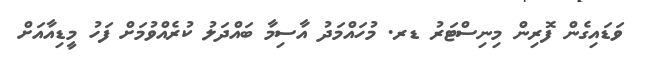
ވަޑައިގެން ފޮރިން މިނިސްޓަރު ޑރ. މުހައްމަދު އާސިމާ ބައްދަލު ކުރެއްވުމަށް ފަހު މީޑިއާއަށް